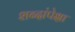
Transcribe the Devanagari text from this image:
शब्दांपेक्षा